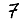
Digit: 7